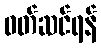
ဝတ်ဆင်ရန်